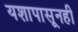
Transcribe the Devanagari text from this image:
यशापासूनही